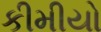
કીમીયો